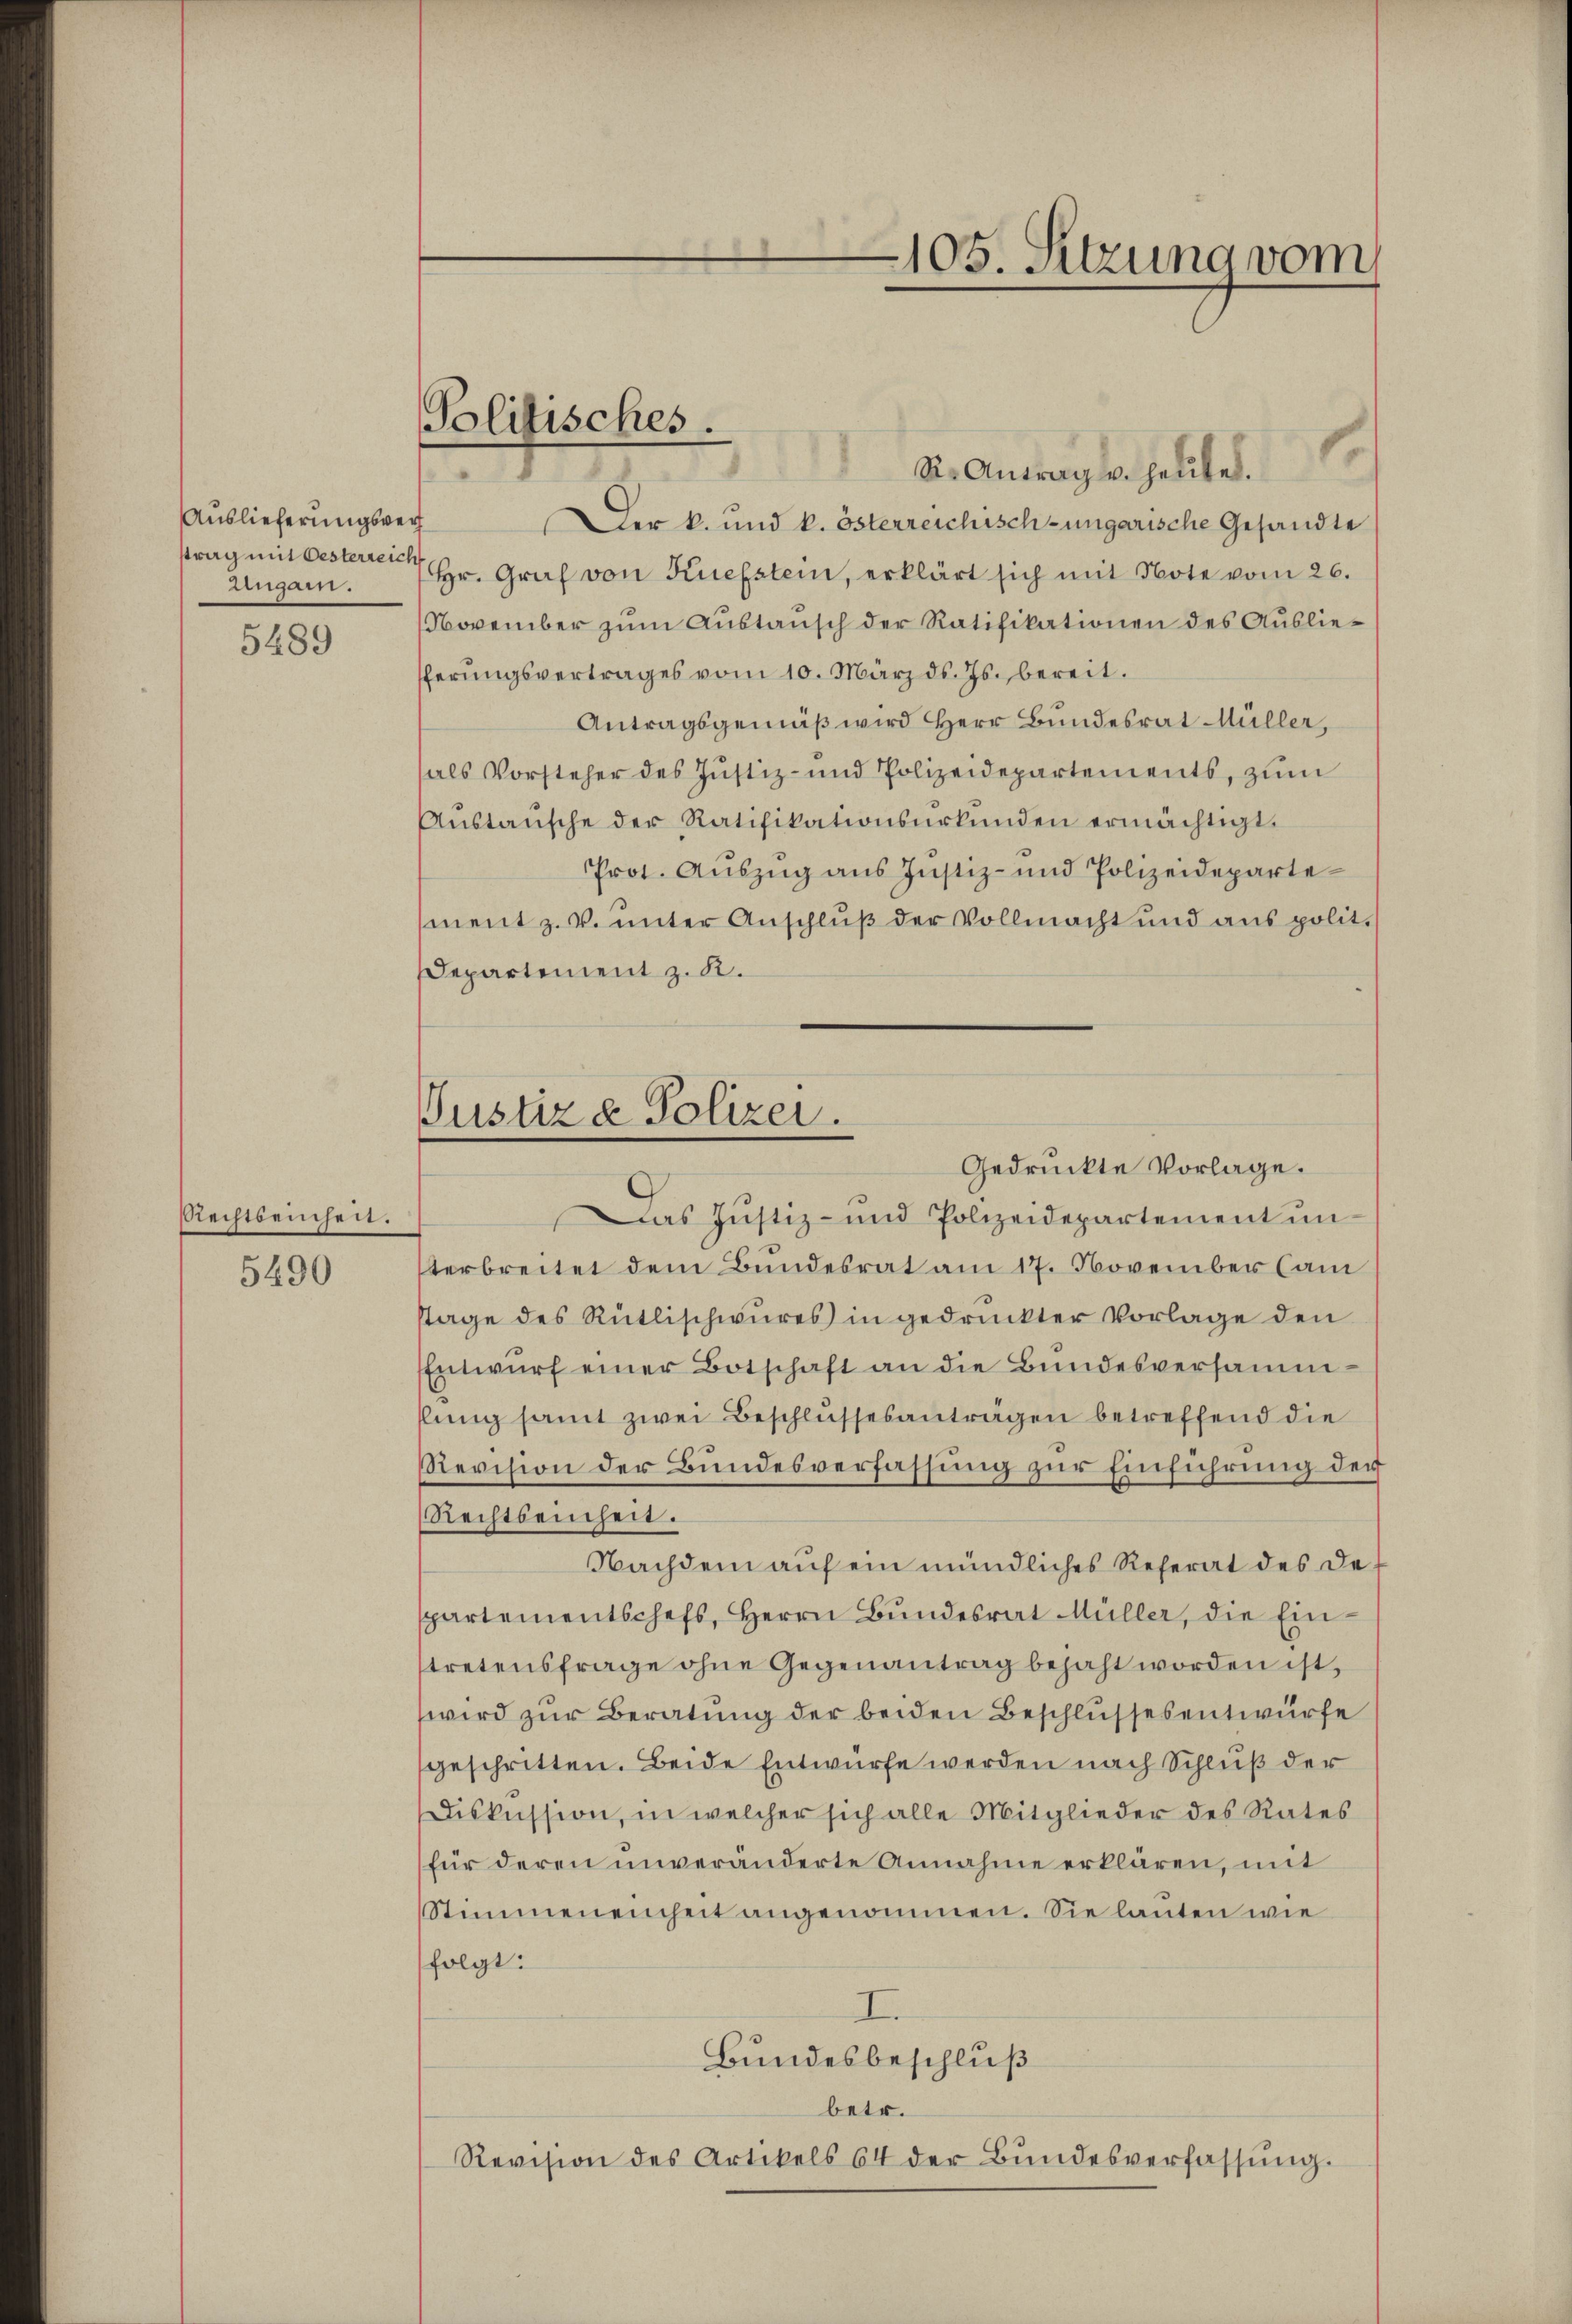
Auslieferungswer
strag mit Oesterreich
Lugan.

5489

Rechtbeinheit.

5490

St. Antragt. Heubel.
Der k. und k. österreichisch-ungarische Gesandte
Hr. Graf von Kiefstein, erklärt sich mit Note vom 26.
November zum Austausch der Ratifikationen des Ausliefferungsvertrages vom 10. März d. Js. bereit.
Antragsgemäß wird Herr Bundesrat Müller,
als Vorsteher des Justiz- und Polizeidepartements, zum
Aŭstaŭsche der Ratifikationsŭrkŭnden ermächtigt.
Prot. Auszug aus Justiz- und Polizeidepartement z. V. unter Anschluß der Vollmacht und aus polit.
Departement z. R.

Politisches.

Justiz & Polizei.
Gedruckte Vorlage.

Das Justiz- und Polizeidepartement un
terbreitet dem Bundesrat am 17. November Cam
stage des Rütlischeures in gedruckter Vorlage den
Entwŭrf einer Botschaft an die Bŭndesversammflung samt zwei Beschlussesanträgen betreffend die
Revision der Bundesverfassung zur Einführung der
Rechtseinheit.
Nachdem auf ein mündliches Referat des de
spartementschefs, Herrn Bŭndesrat Müller, die Eintretensfrage ohne Gegenantrag bejaht worden ist,
wird zur Beratung der beiden Beschlussesentwurfe
geschritten. Beide Entwurfe werden nach Schluß der
Diskussion, in welcher sich alle Mitglieder des Rates
für deren unveränderte Annahme erklären, mit
Stimmeneinheit angenommen. Sie lauten wie
folgt:
I.
Bundesbeschluß
betr.
Revision des Artikels 64 der Bundesverfassŭng.

105. Sitzung vom